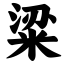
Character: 粱